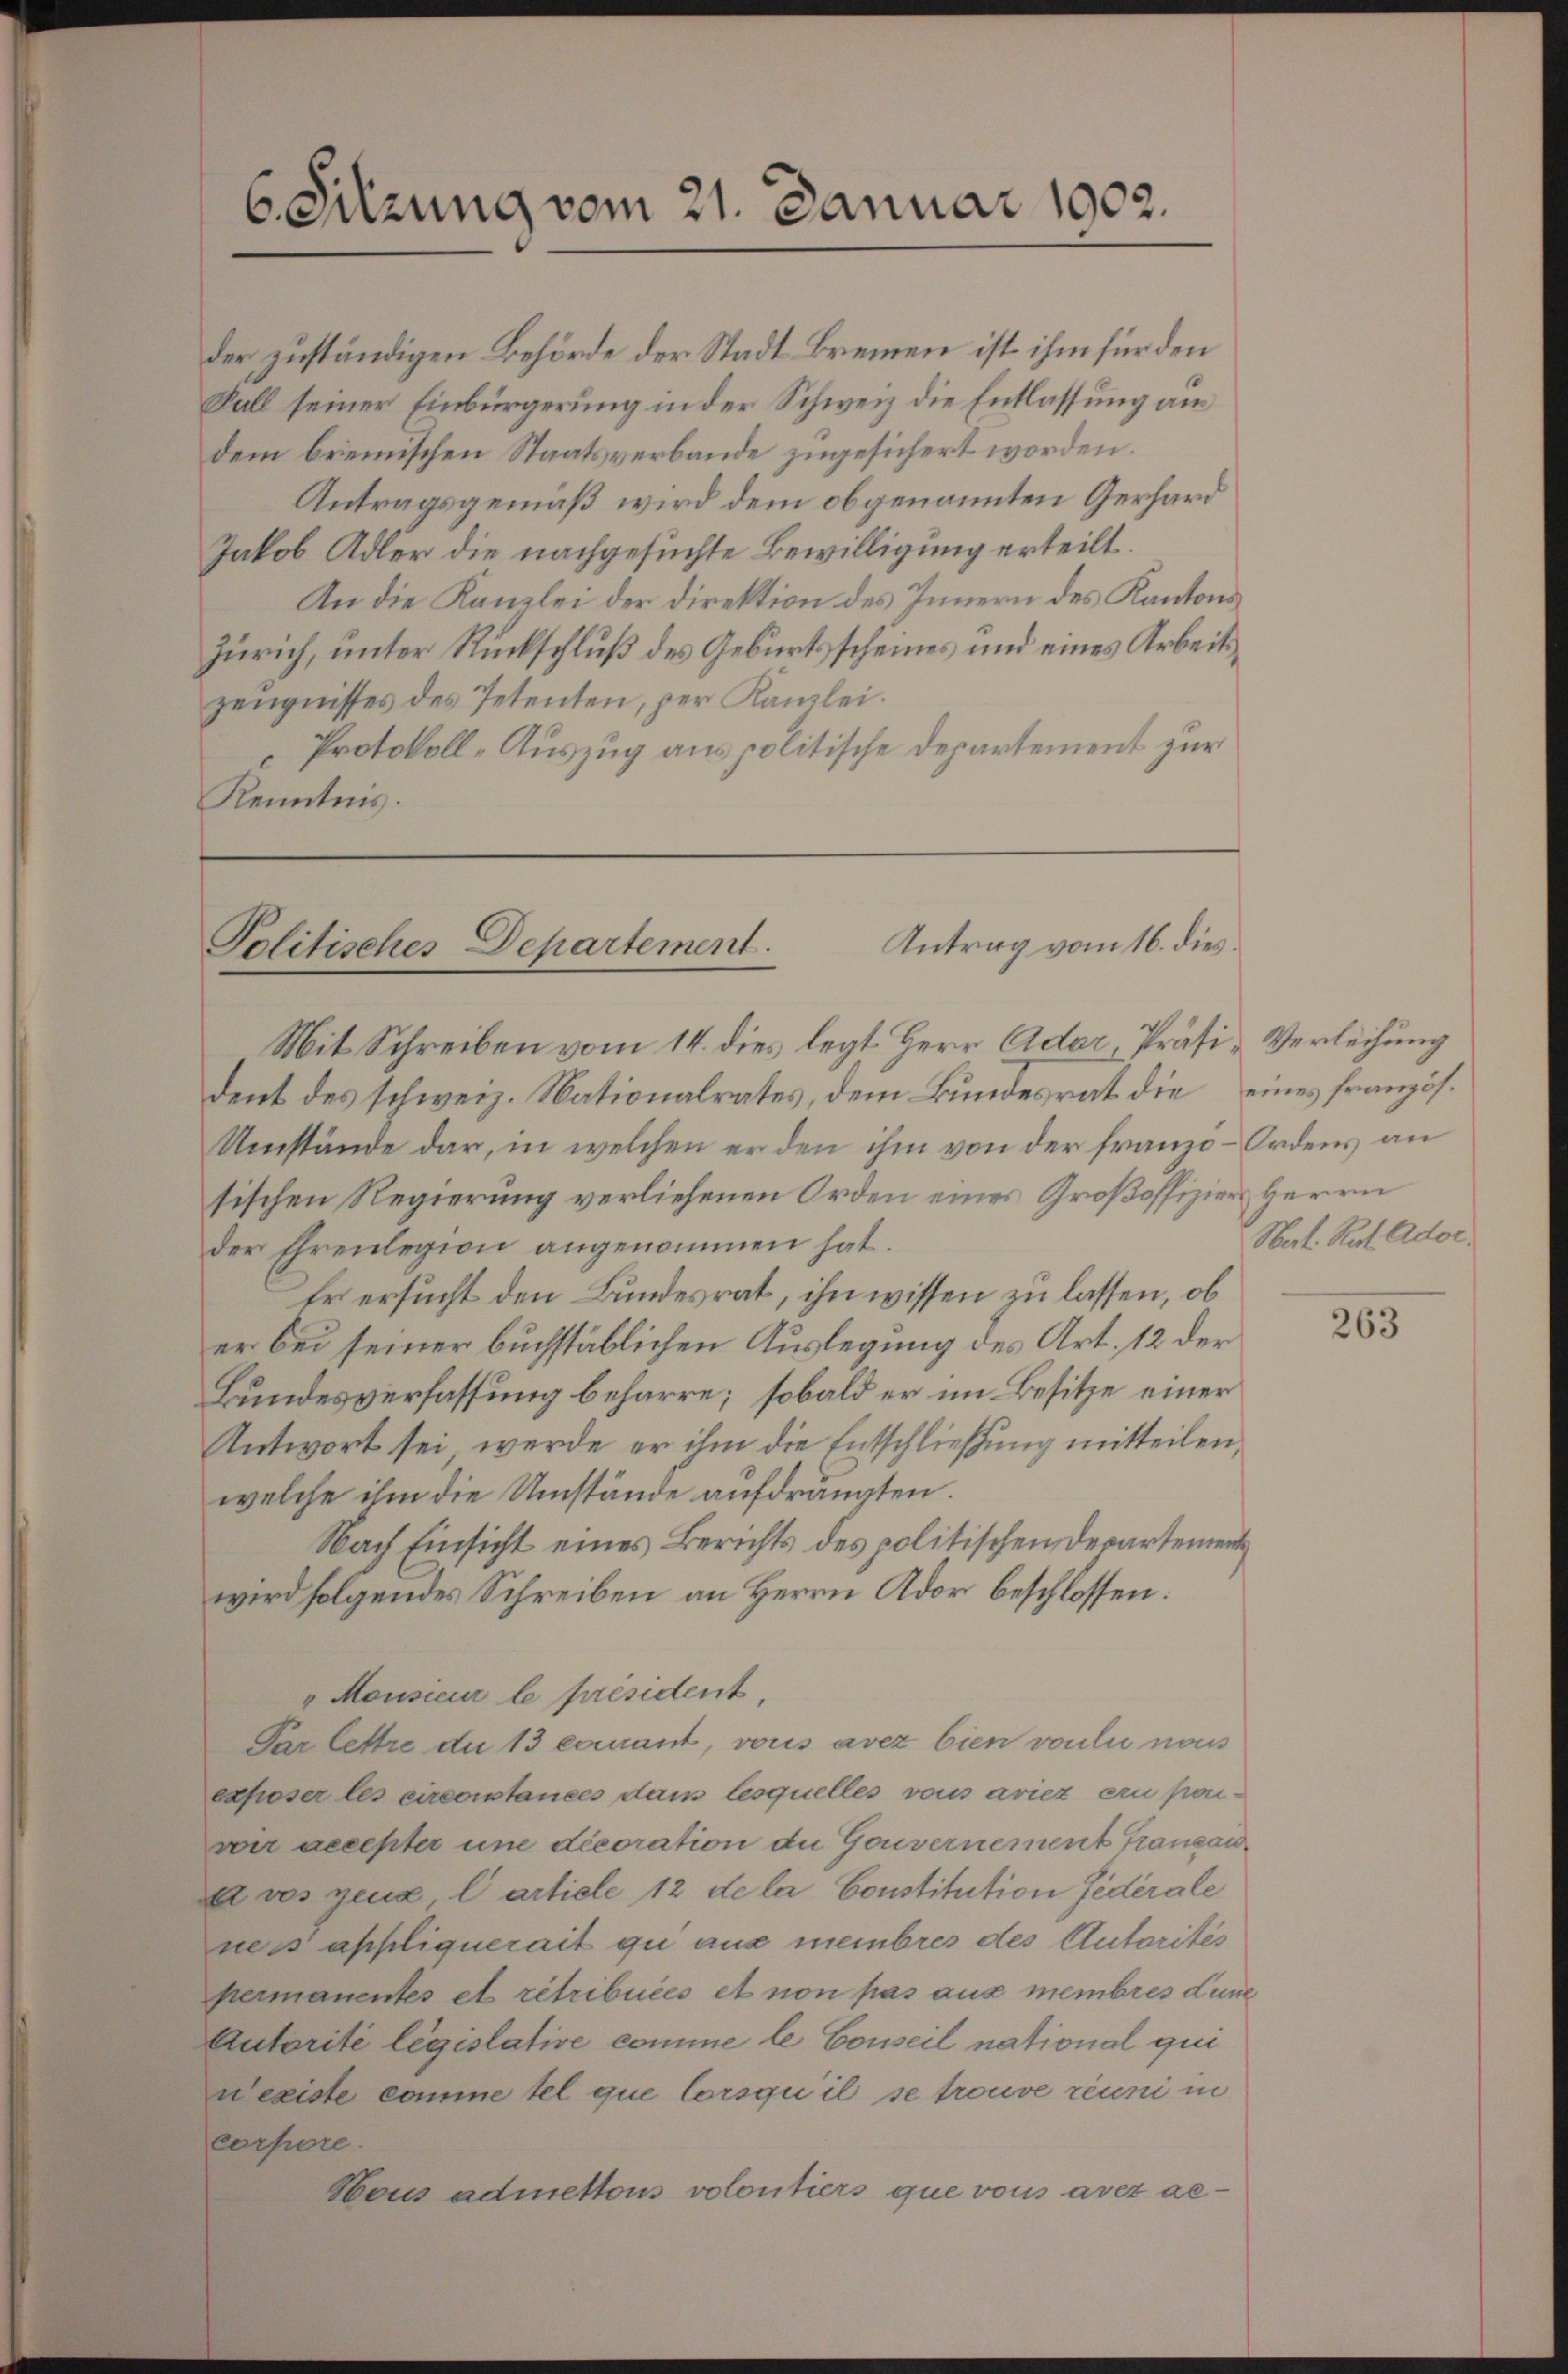
6. Sitzung vom 21. Januar 1902.

der zuständigen Behörde der Stadt Bremen ist ihm für den
Fall seiner Einbürgerung in der Schweiz die Entlassung am
dem bremischen Staatsverbande zugesichert worden.
Antragsgemäß wird dem obgenannten Gerhard
Jakob Adler die nachgesuchte Bewilligung erteilt.
An die Kanzlei der Direktion des Innern des Kantons
Zürich, unter Rückschluß des Geburtsscheines und eines Arbeitszeugnisses des Petenten, per Kanzlei.
Protokoll-Auszug aus politische Departement zur
Kenntnis.

Antrag vom 16. dies
Politisches Departement.

Mit Schreiben vom 14. dies legt Herr Ader Präsi- Verleihung
dent des schweiz. Nationalrates, dem Bundesrat die eines französ.
Umstände dar, in welchen er den ihm von der franzo-Ordens an
sischen Regierung verliefenen Orden eines Großoffiziers Herrn
der Ehrenlegion angenommen hat.
Er ersucht den Bundesrat, ihn wissen zu lassen, ob
er bei seiner buchstäblichen Auslegung des Art. 12 der
Bundesverfassung beharre; sobald er im Besitze einer
Antwort sei, werde er ihm die Entschließung mitteilen,
welche ihm die Umstände aufdrängten.
Nach Einsicht eines Berichts des politischen Departement
wird folgendes Schreiben an Herrn Ador beschlossen:
"Monsieur le président,
Par lettre du 13 camant, vous avez bien voulu nous
exposer les circonstances dans lesquelles vons aricz an Konvon accepter une decoration de Gouvernement Transau
 vos zeug l article 12 de la Constitution Federale
ners appliquerait qui aus membres des Autorités
permanentes et rétribuées et non pas aus membres Lune
Autorité législative comme le Conseil national qui
wegiste comme tel que lorsqu’il se trouve réuni in
corpore
Hous admettous volontiers que vons avez ac¬

Nat. Rat. Ador¬

263